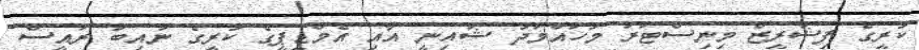
ކުރީގެ ފިޝަރީޒް މިނިސްޓަރު މުހައްމަދު ޝައިނީ އާއި އެމްޑީޕީގެ ކުރީގެ ނައިބު ރައީސް